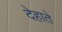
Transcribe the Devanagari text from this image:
देहाते